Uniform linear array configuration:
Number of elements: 24
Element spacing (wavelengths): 0.75
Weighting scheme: cosine
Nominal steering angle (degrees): -15
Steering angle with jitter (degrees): -14.42
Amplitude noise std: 0.05
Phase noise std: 0.05

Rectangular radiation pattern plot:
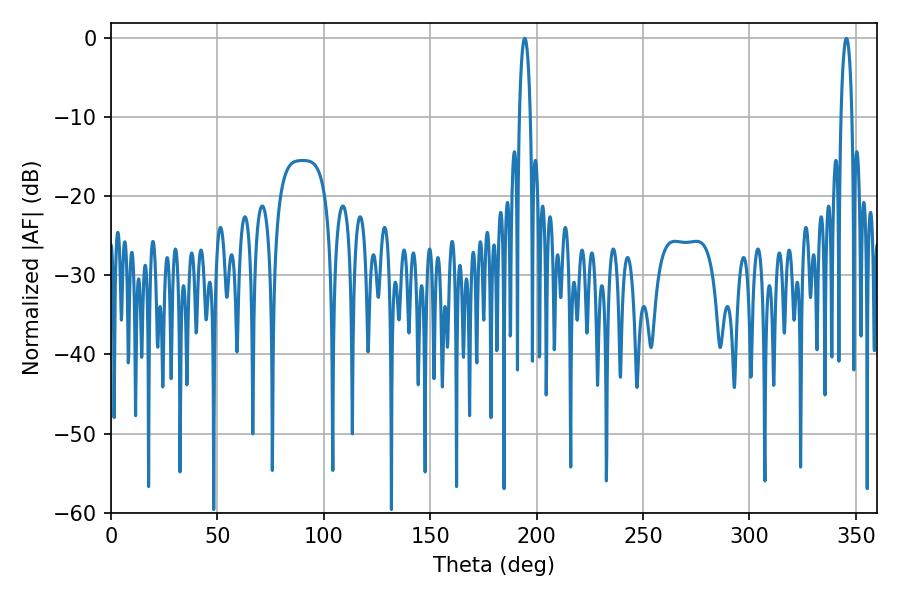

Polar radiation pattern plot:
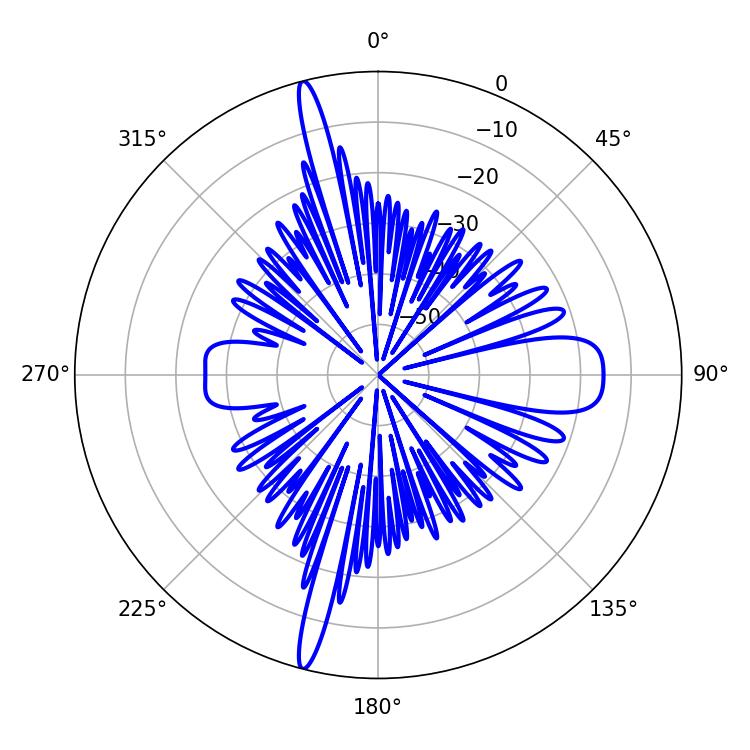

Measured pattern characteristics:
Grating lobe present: TRUE
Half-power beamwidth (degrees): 2.88
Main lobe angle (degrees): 194.4